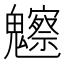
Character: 𩴳